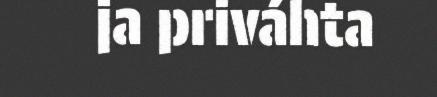
ja priváhta